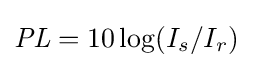
{\mathit {PL}}=10\log(I_{s}/I_{r})